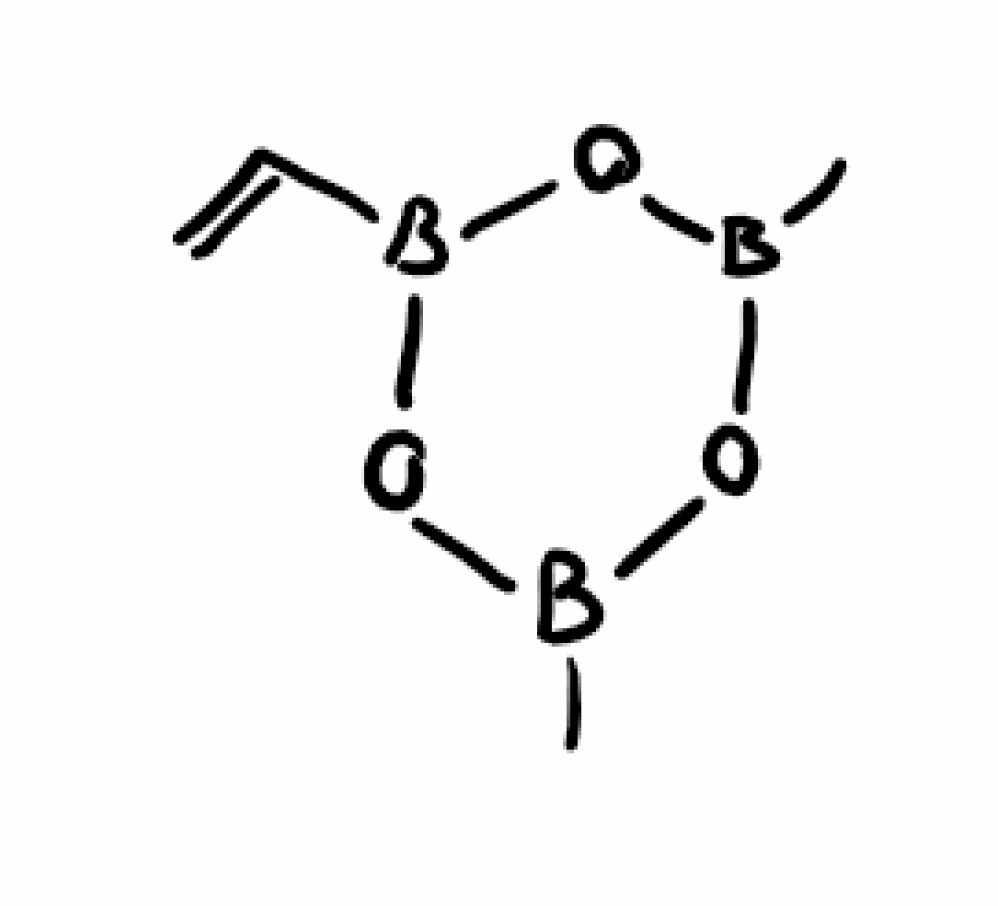
Simplified molecular-input line-entry system (SMILES) notation of the given molecule:
B1(OB(OB(O1)C=C)C)C